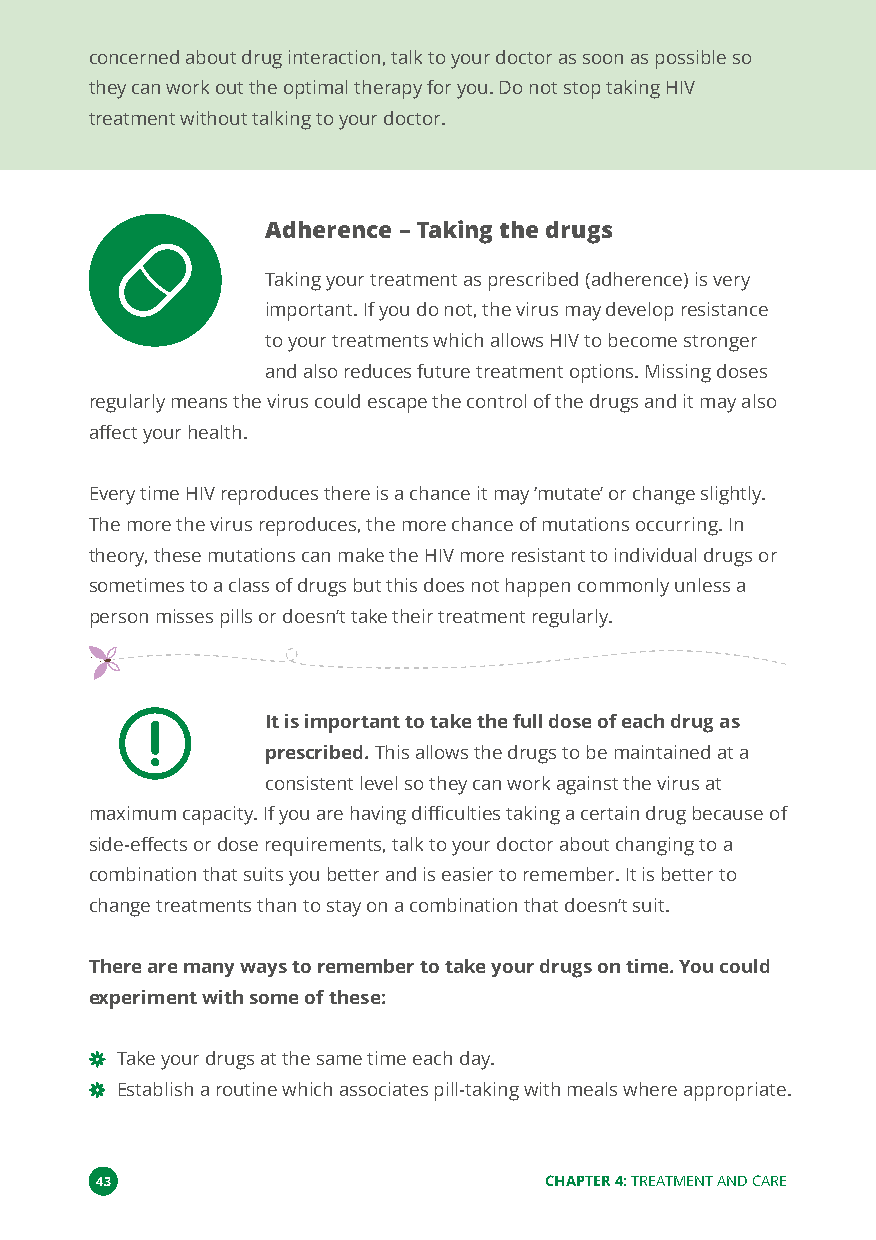
concerned about drug interaction, talk to your doctor as soon as possible so
 they can work out the optimal therapy for you. Do not stop taking HIV
 treatment without talking to your doctor.
 Adherence–Taking the drugs
 Taking your treatment as prescribed (adherence) is very
 important. If you do not, the virus may develop resistance
 to your treatments which allows HIV to become stronger
 and also reduces future treatment options. Missing doses
 regularly means the virus could escape the control of the drugs and it may also
 affect your health.
 Every time HIV reproduces there is a chance it may‘mutate’or change slightly.
 The more the virus reproduces, the more chance of mutations occurring. In
 theory, these mutations can make the HIV more resistant to individual drugs or
 sometimes to a class of drugs but this does not happen commonly unless a
 person misses pills or doesn’t take their treatment regularly.
 It is important to take the full dose of each drug as
 prescribed.This allows the drugs to be maintained at a
 consistent level so they can work against the virus at
 maximum capacity. If you are having difficulties taking a certain drug because of
 side-effects or dose requirements, talk to your doctor about changing to a
 combination that suits you better and is easier to remember. It is better to
 change treatments than to stay on a combination that doesn’t suit.
 There are many ways to remember to take your drugs on time. You could
 experiment with some of these:
 Take your drugs at the same time each day.
 Establish a routine which associates pill-taking with meals where appropriate.
 43                            CHAPTER 4:TREATMENT AND CARE